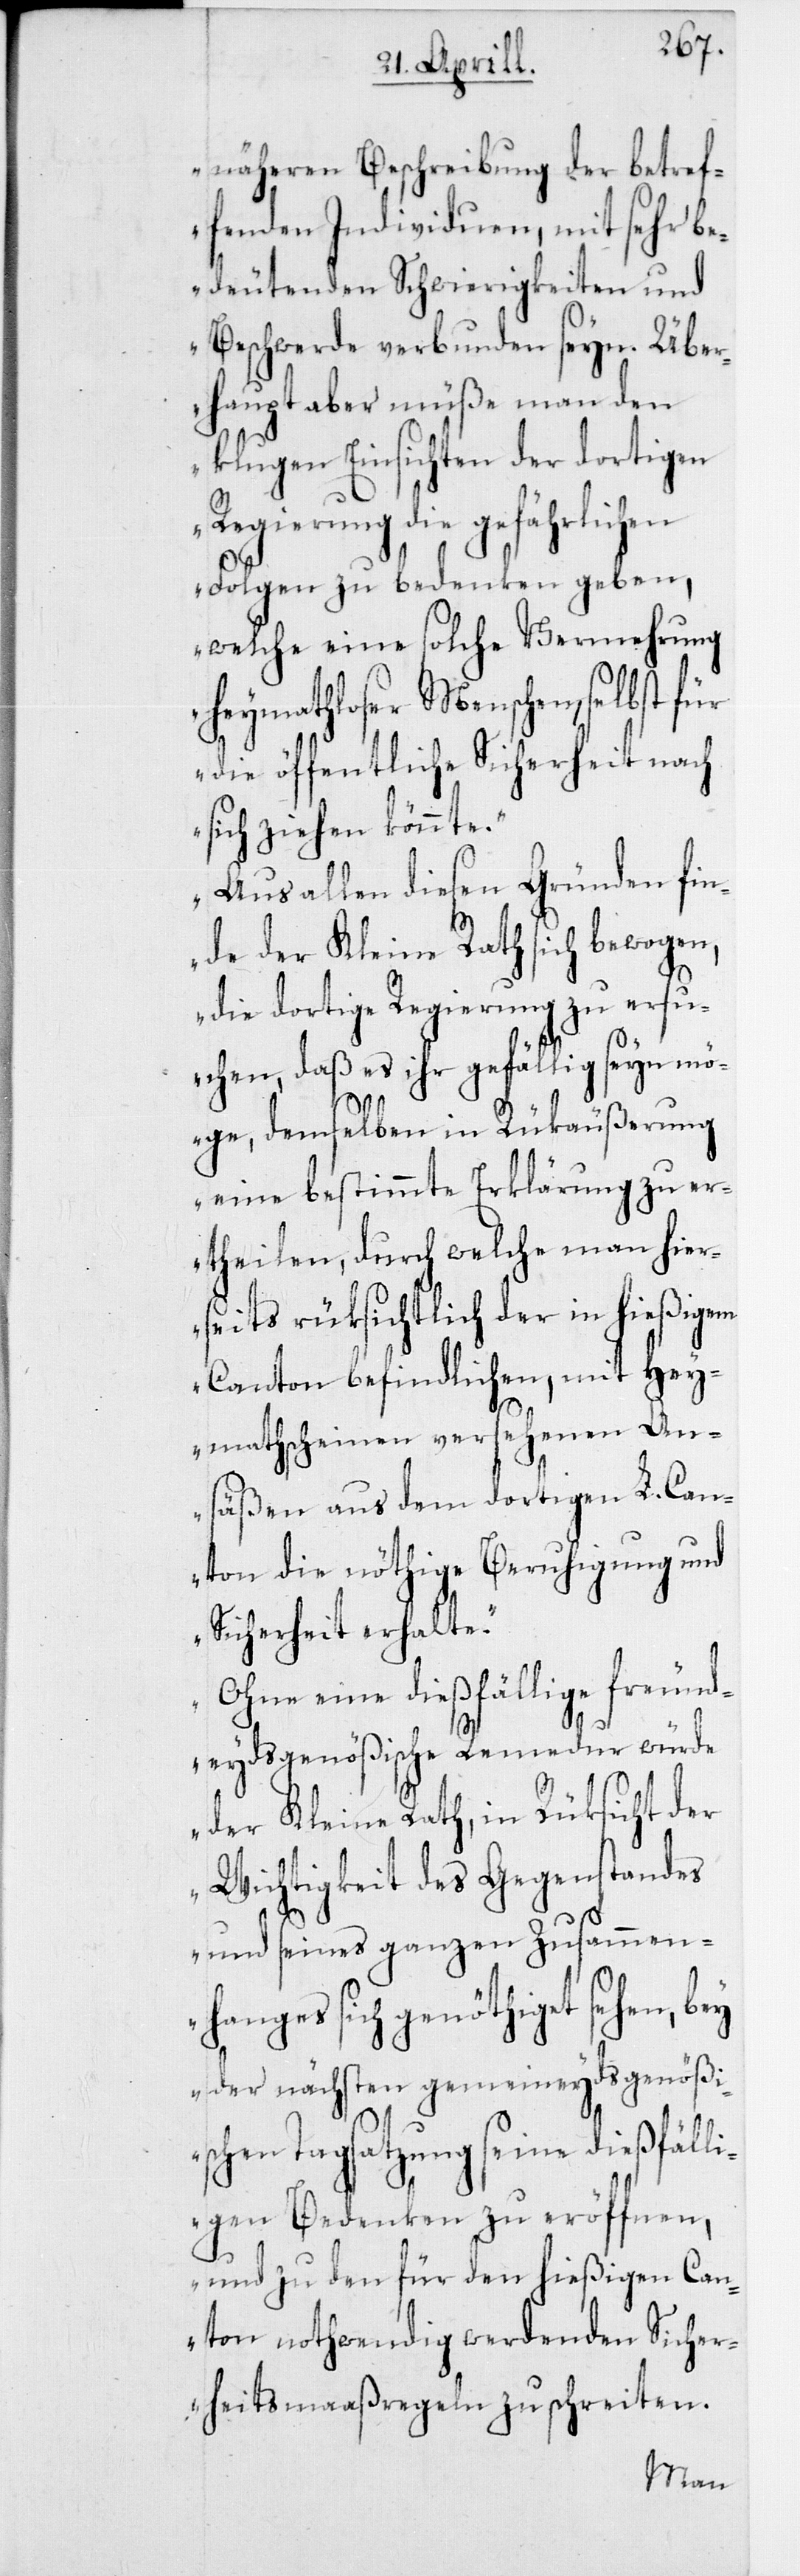
näheren Beschreibung der betref¬
fenden Individuen, mit sehr be¬
deutenden Schwierigkeiten und
Beschwerde verbunden seyn. Über¬
haupt aber müße man den
klugen Einsichten der dortigen
Regierung die gefährlichen
Folgen zu bedenken geben,
welche eine solche Vermehrung
heymathloser Menschen, selbst für
die öffentliche Sicherheit nach
sich ziehen könnte.
Aus allen diesen Gründen fin¬
de der Kleine Rath sich bewogen,
die dortige Regierung zu ersu¬
chen, daß es ihr gefällig seyn mö¬
ge, demselben in Rükäußerung
eine bestimmte Erklärung zu er¬
theilen, durch welche man hier¬
seits rüksichtlich der in hießigem
Canton befindlichen, mit Hey¬
mathscheinen versehenen An¬
säßen aus dem dortigen L. Can¬
ton die nöthige Beruhigung und
Sicherheit erhalte.
Ohne eine dießfällige freund¬
eydsgenößische Remedur würde
der Kleine Rath, in Rüksicht der
Wichtigkeit des Gegenstandes
und seines ganzen Zusammen¬
hanges sich genöthiget sehen, bey
der nächsten gemeineydsgenößi¬
schen Tagsatzung seine dießfäll¬
igen Bedenken zu eröffnen,
und zu den für den hießigen Can¬
ton notwendig werdenden Sicher¬
heitsmaaßregeln zu schreiten.